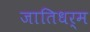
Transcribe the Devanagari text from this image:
जातिधर्म